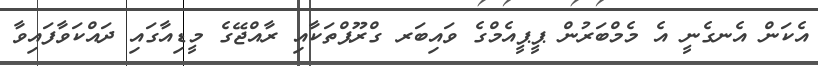
އެކަން އެނގެނީ އެ މެމްބަރުން ޕީޕީއެމްގެ ވައިބަރ ގްރޫޕްތަކާއި ރާއްޖޭގެ މީޑިއާގައި ދައްކަވާފައިވާ